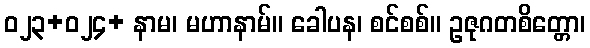
ဝ၂၃+၀၂၄+ နာမ၊ မဟာနာမ်။ ခေါပန၊ စင်စစ်။ ဥဇုဂတစိတ္တော၊